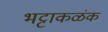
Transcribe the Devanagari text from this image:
भट्टाकळंक